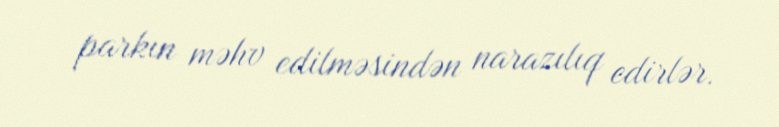
parkın məhv edilməsindən narazılıq edirlər.